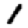
Digit: 1